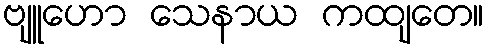
ဗျူဟော သေနာယ ကထျတေ။